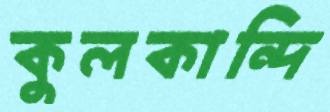
কুলকান্দি